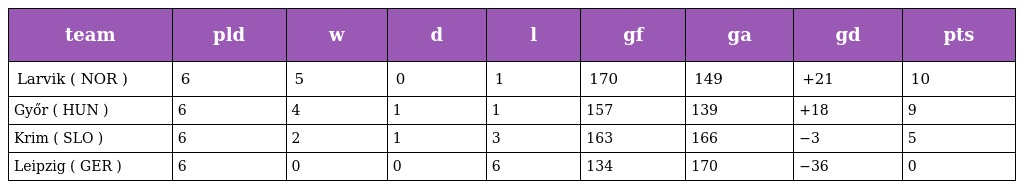
| team | pld | w | d | l | gf | ga | gd | pts |
 | --- | --- | --- | --- | --- | --- | --- | --- | --- |
 | Larvik ( NOR ) | 6 | 5 | 0 | 1 | 170 | 149 | +21 | 10 |
 | Győr ( HUN ) | 6 | 4 | 1 | 1 | 157 | 139 | +18 | 9 |
 | Krim ( SLO ) | 6 | 2 | 1 | 3 | 163 | 166 | −3 | 5 |
 | Leipzig ( GER ) | 6 | 0 | 0 | 6 | 134 | 170 | −36 | 0 |